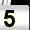
Digit: 5